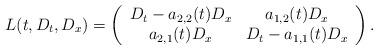
LaTeX: \begin{align*} L(t,D_t,D_x)=\left(\begin{array}{cc} D_t-a_{2,2}(t)D_x & a_{1,2}(t)D_x\\ a_{2,1}(t)D_x & D_t-a_{1,1}(t)D_x \end{array} \right).\end{align*}